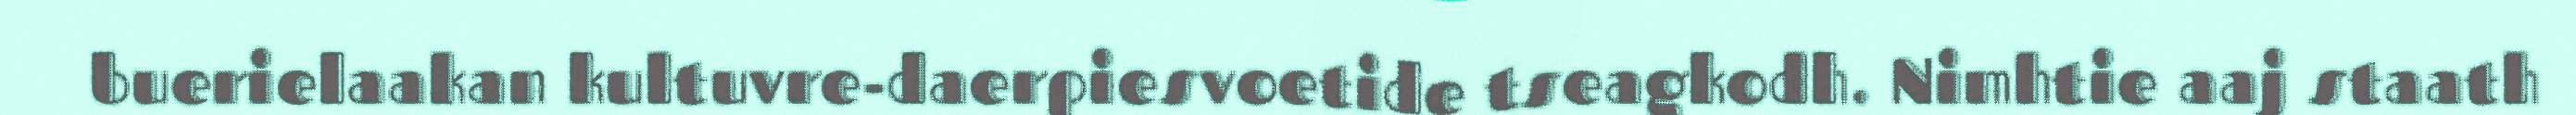
buerielaakan kultuvre-daerpiesvoetide tseagkodh. Nimhtie aaj staath